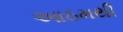
આઠમથી